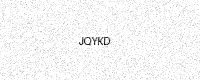
Text: JQYKD